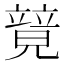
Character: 𥪰